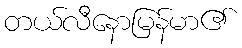
တယ်လီနောမြန်မာ၏